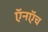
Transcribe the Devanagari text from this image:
ऍनऍच